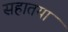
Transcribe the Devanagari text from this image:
सहातया